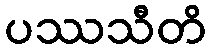
ပဿသီတိ